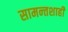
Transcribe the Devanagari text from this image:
सामन्‍तशाही